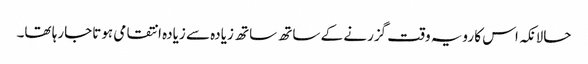
حالانکہ اس کا رویہ وقت گزرنے کے ساتھ ساتھ زیادہ سے زیادہ انتقامی ہوتاجارہا تھا۔